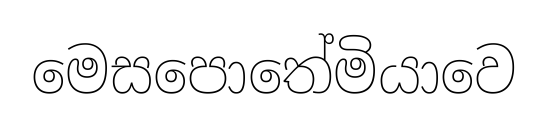
මෙසපොතේමියාවෙ